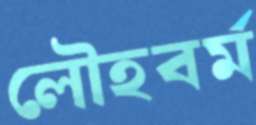
লৌহবর্ম